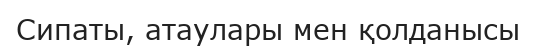
Сипаты, атаулары мен қолданысы